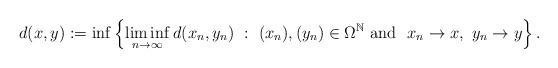
LaTeX: \begin{align*}d(x,y):=\inf\left\{\liminf_{n\to\infty}d(x_{n},y_{n}) \ : \ (x_{n}), (y_{n})\in\Omega^{\mathbb{N}} \ \mbox{and } \ x_{n}\to x, \ y_{n}\to y \right\}.\end{align*}